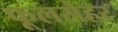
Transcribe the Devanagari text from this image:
फूलसेहर